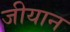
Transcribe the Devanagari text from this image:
जीयान